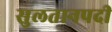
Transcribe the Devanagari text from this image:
सुलतानपदी